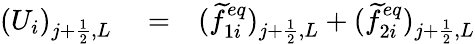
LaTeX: \begin{array}{rlr}{(U_{i})_{j+\frac{1}{2},L}}&{{}=}&{(\widetilde{f}_{1i}^{eq})_{j+\frac{1}{2},L}+(\widetilde{f}_{2i}^{eq})_{j+\frac{1}{2},L}}\end{array}